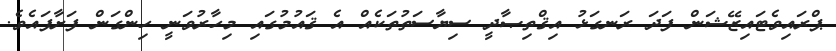
ޕްރައިވެޓައިޒޭޝަން ފަދަ ރަނގަޅު އިޤްތިޞާދީ ސިޔާސަތުތަކެއް އެ ޤައުމުގައި މިހާރުވަނީ ހިންގަން ފަށާފައެވެ.